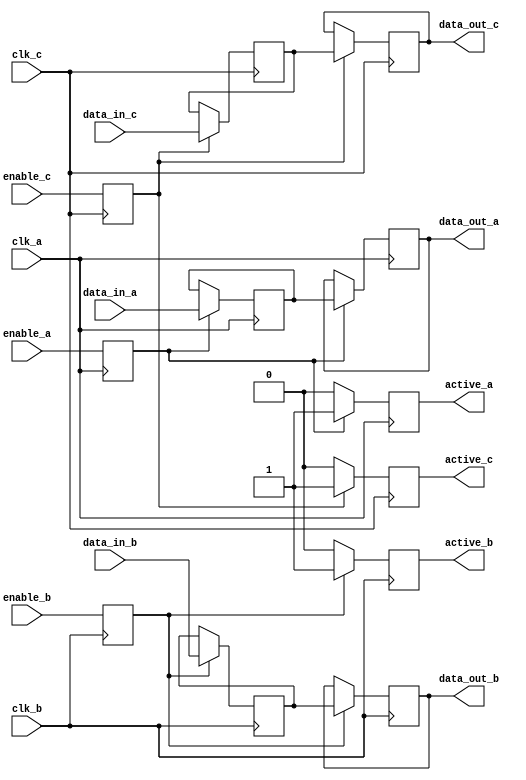
module memory_block (
    input wire clk_a,        // Clock domain A
    input wire clk_b,        // Clock domain B
    input wire clk_c,        // Clock domain C
    input wire enable_a,     // Enable signal for clock domain A
    input wire enable_b,     // Enable signal for clock domain B
    input wire enable_c,     // Enable signal for clock domain C
    input wire [7:0] data_in_a, // Data input for clock domain A
    input wire [7:0] data_in_b, // Data input for clock domain B
    input wire [7:0] data_in_c, // Data input for clock domain C
    output reg [7:0] data_out_a, // Data output for clock domain A
    output reg [7:0] data_out_b, // Data output for clock domain B
    output reg [7:0] data_out_c, // Data output for clock domain C
    output reg active_a,    // Active signal for memory block A
    output reg active_b,    // Active signal for memory block B
    output reg active_c     // Active signal for memory block C
);

    // Synchronization registers for enable signals
    reg enable_a_sync, enable_b_sync, enable_c_sync;

    // Synchronize enable signals to respective clock domains
    always @(posedge clk_a) begin
        enable_a_sync <= enable_a;
    end

    always @(posedge clk_b) begin
        enable_b_sync <= enable_b;
    end

    always @(posedge clk_c) begin
        enable_c_sync <= enable_c;
    end

    // Memory blocks (simple registers for demonstration)
    reg [7:0] memory_a;
    reg [7:0] memory_b;
    reg [7:0] memory_c;

    // Gating logic and memory access
    always @(posedge clk_a) begin
        if (enable_a_sync) begin
            memory_a <= data_in_a; // Write data when enabled
            data_out_a <= memory_a; // Read data
            active_a <= 1'b1; // Indicate active state
        end else begin
            active_a <= 1'b0; // Indicate inactive state
        end
    end

    always @(posedge clk_b) begin
        if (enable_b_sync) begin
            memory_b <= data_in_b; // Write data when enabled
            data_out_b <= memory_b; // Read data
            active_b <= 1'b1; // Indicate active state
        end else begin
            active_b <= 1'b0; // Indicate inactive state
        end
    end

    always @(posedge clk_c) begin
        if (enable_c_sync) begin
            memory_c <= data_in_c; // Write data when enabled
            data_out_c <= memory_c; // Read data
            active_c <= 1'b1; // Indicate active state
        end else begin
            active_c <= 1'b0; // Indicate inactive state
        end
    end

endmodule